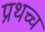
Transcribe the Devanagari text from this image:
प्रथच्च